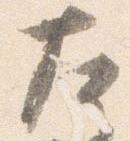
左